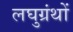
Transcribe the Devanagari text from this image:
लघुग्रंथों